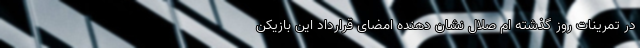
در تمرینات روز گذشته ام صلال نشان دهنده امضای قرارداد این بازیکن